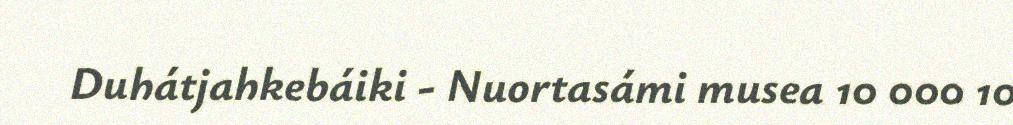
Duhátjahkebáiki - Nuortasámi musea 10 000 10